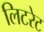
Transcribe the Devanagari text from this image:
लिटरेट